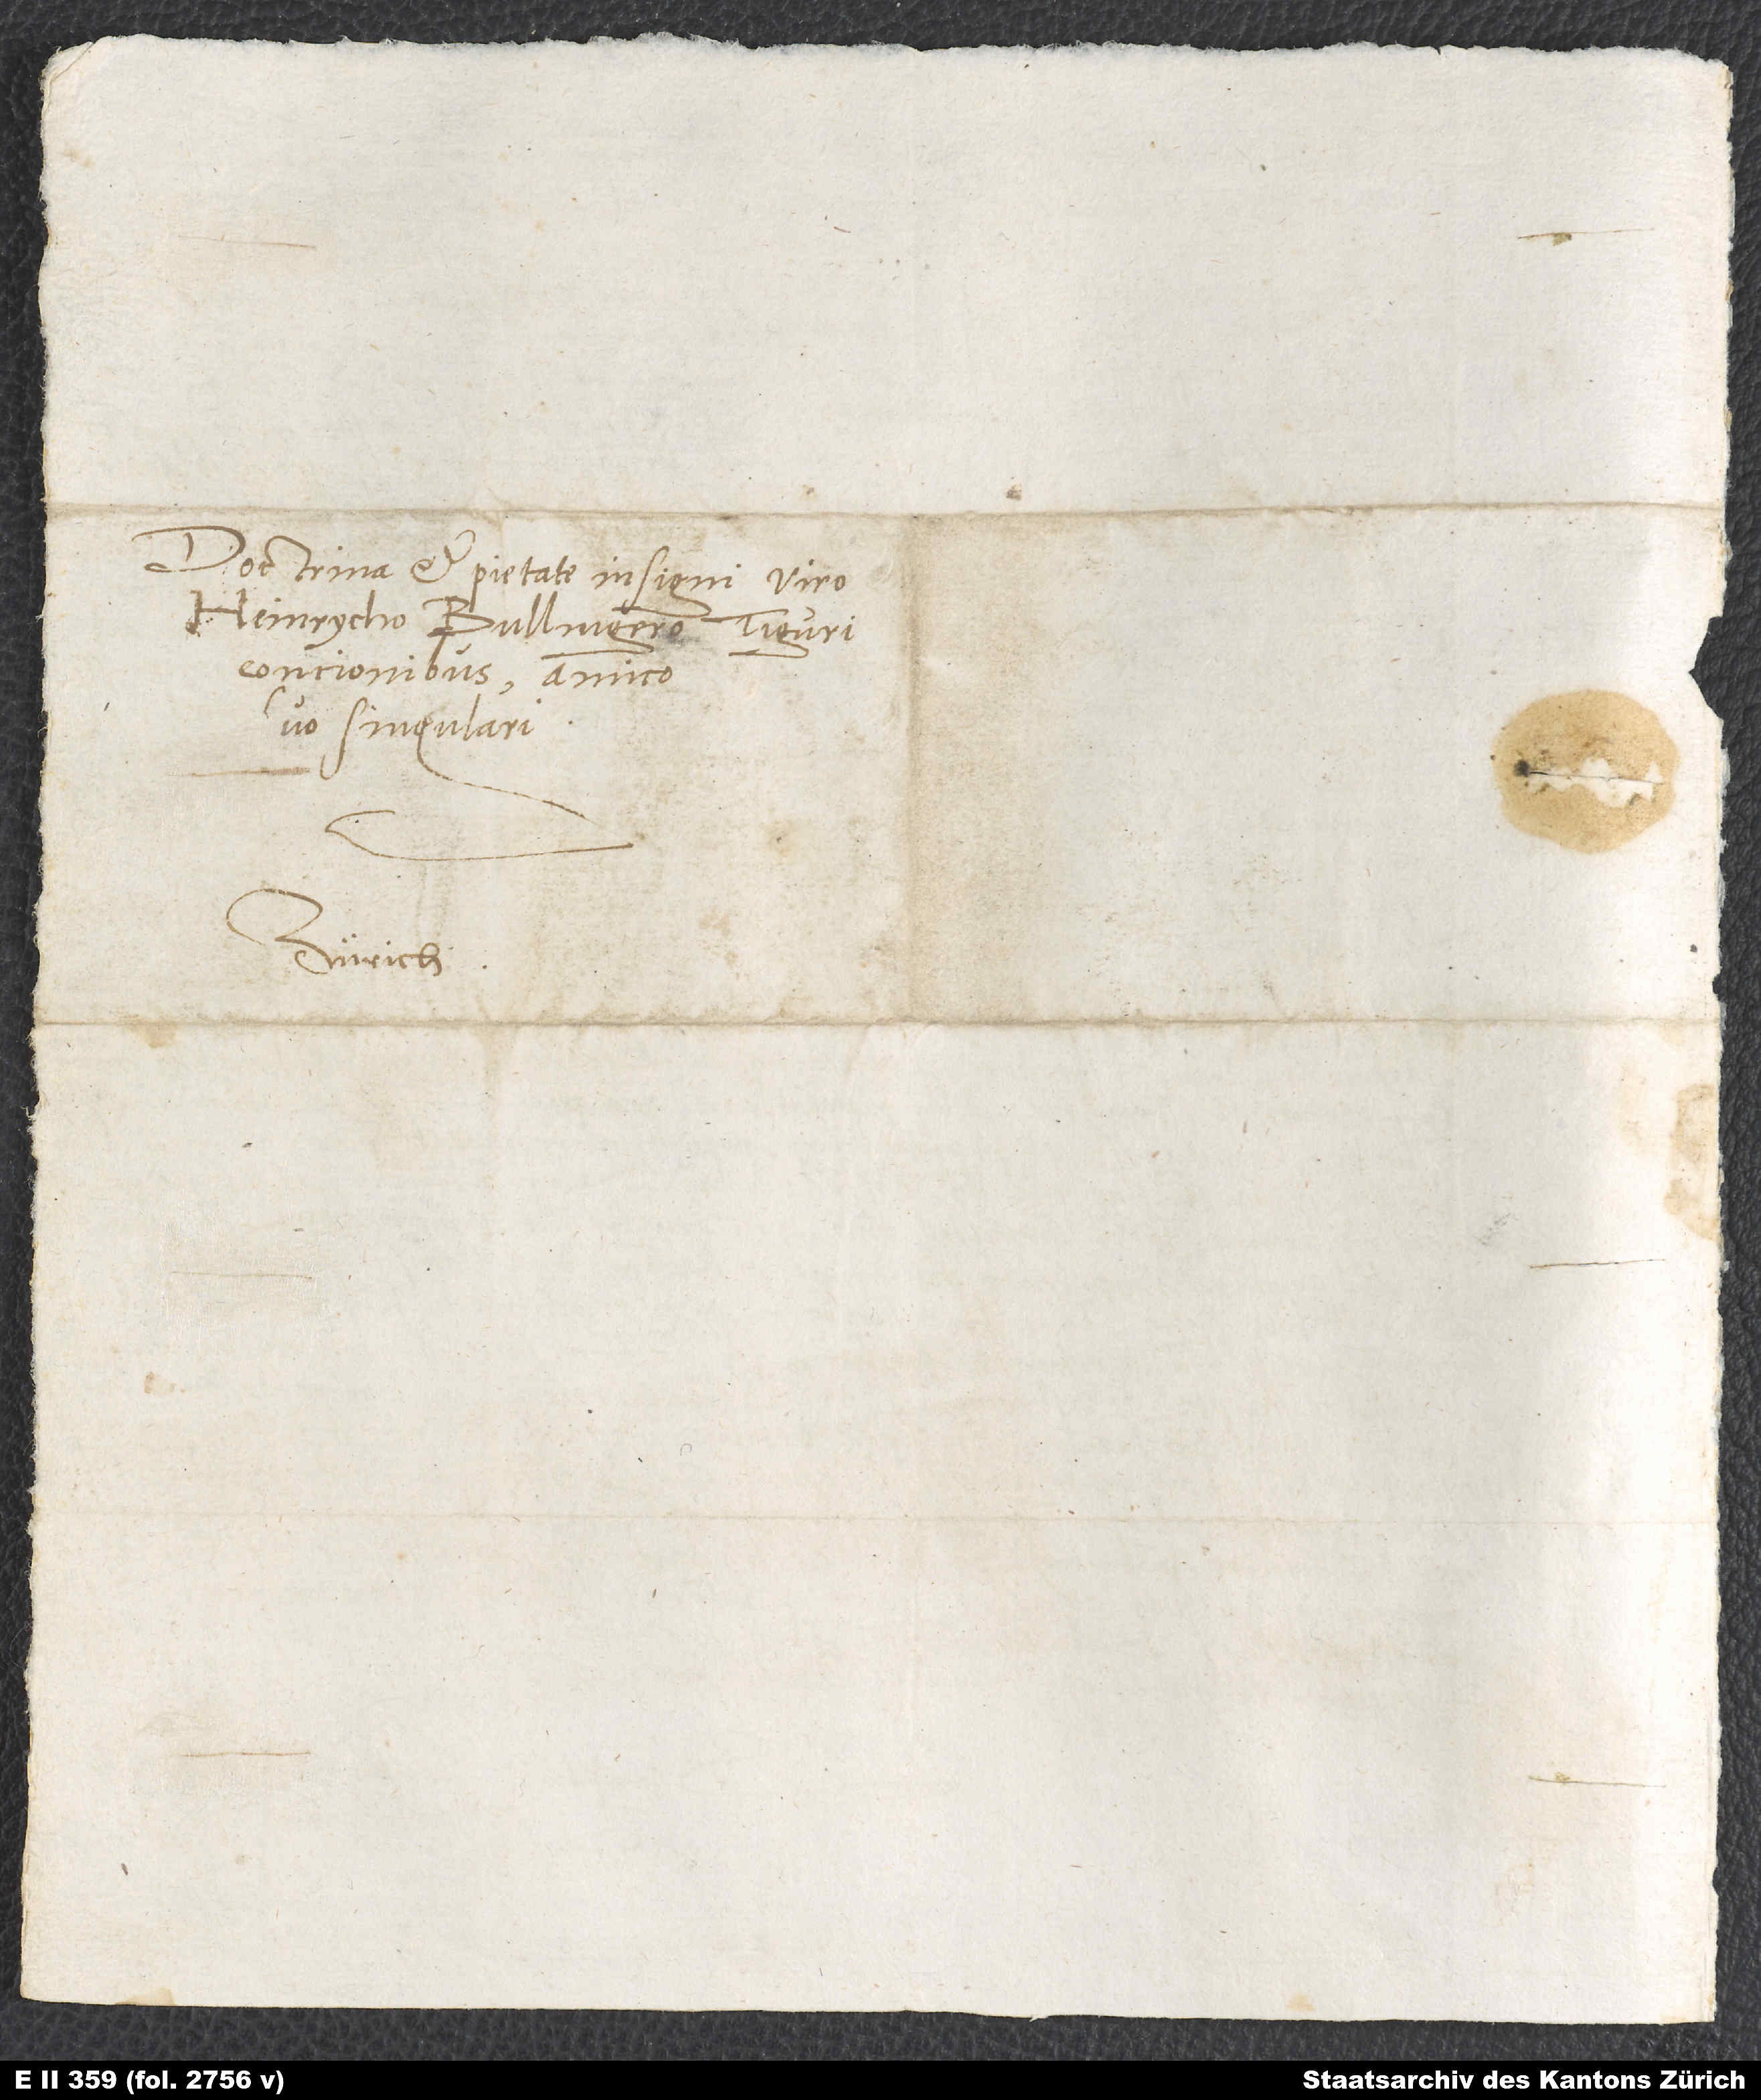
Doctrina et pietate insigni viro
Heinrycho Bullingero, Tiguri
concionibus, amico
suo singulari.
Zürich.